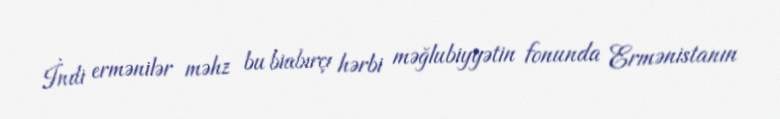
İndi ermənilər məhz bu biabırçı hərbi məğlubiyyətin fonunda Ermənistanın